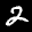
Label: 2